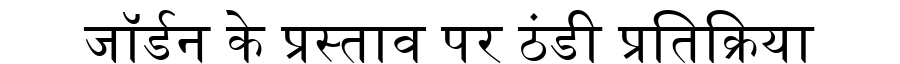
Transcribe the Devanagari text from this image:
जॉर्डन के प्रस्ताव पर ठंडी प्रतिक्रिया